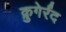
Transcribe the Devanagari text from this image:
क्रुगेर्रंद